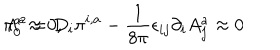
\pi _ { 0 } ^ { a } \approx 0 , \hspace { 1 c m } \Lambda ^ { a } = D _ { i } \pi ^ { i , a } - \frac { 1 } { 8 \pi } \epsilon _ { i j } \partial _ { i } A _ { j } ^ { a } \approx 0